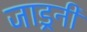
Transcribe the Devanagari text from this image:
जाड्रनी